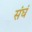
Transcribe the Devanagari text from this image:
संघं